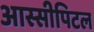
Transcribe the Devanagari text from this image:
आस्सीपिटल